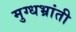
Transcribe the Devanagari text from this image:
मुग्धभ्रांती